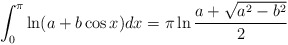
\begin{align*}\int_{0}^{\pi} \ln (a+b\cos x) dx = \pi \ln{\frac{a+\sqrt{a^{2}-b^{2}}}{2}}\end{align*}